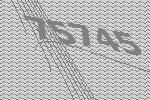
75745